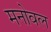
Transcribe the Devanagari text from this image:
मनोवल